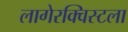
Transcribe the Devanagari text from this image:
लागेरक्विस्टला